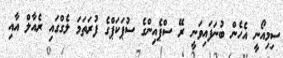
ސިމިއޯނީ އެހެން ބުނަފައިވަނީ ރޭ ސްޕެއިންގެ ސުޕަކަޕްގެ ފުރަތަމަ ލެގްގައި ރެއާލް އާއި